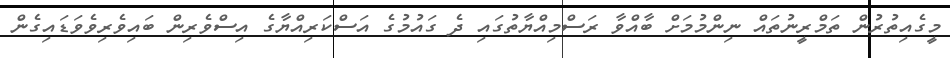
މީގެއިތުރުން ތަމްރީނުތައް ނިންމުމަށް ބާއްވާ ރަސްމިއްޔާތުގައި ދެ ގައުމުގެ އަސްކަރިއްޔާގެ އިސްވެރިން ބައިވެރިވެވަޑައިގެން